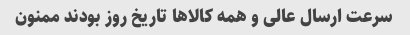
سرعت ارسال عالی و همه کالاها تاریخ روز بودند ممنون